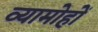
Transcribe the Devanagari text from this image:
व्यामोहों